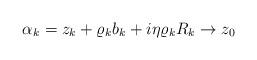
LaTeX: \begin{align*}\alpha_k=z_k+\varrho_k b_k+ i \eta \varrho_k R_k\to z_0\end{align*}